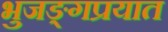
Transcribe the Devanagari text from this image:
भुजङ्गप्रयात